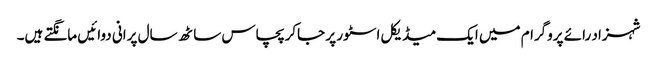
شہزاد رائے پروگرام میں ایک میڈیکل اسٹور پر جاکر پچاس ساٹھ سال پرانی دوائیں مانگتے ہیں۔